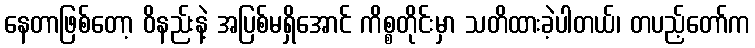
နေတာဖြစ်တော့ ဝိနည်းနဲ့ အပြစ်မရှိအောင် ကိစ္စတိုင်းမှာ သတိထားခဲ့ပါတယ်၊ တပည့်တော်က